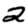
Digit: 2